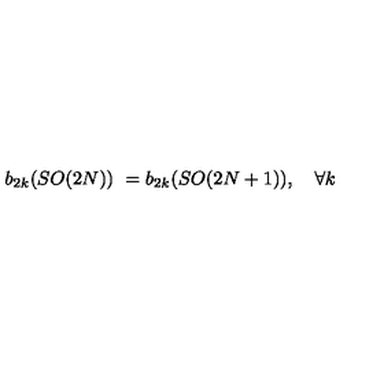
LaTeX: b _ { 2 k } ( S O ( 2 N ) ) \ = b _ { 2 k } ( S O ( 2 N + 1 ) ) , \quad \forall k